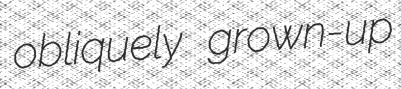
obliquely grown-up